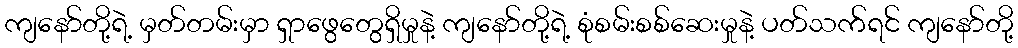
ကျနော်တို့ရဲ့ မှတ်တမ်းမှာ ရှာဖွေတွေရှိမှုနဲ့ ကျနော်တို့ရဲ့ စုံစမ်းစစ်ဆေးမှုနဲ့ ပတ်သက်ရင် ကျနော်တို့